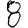
Digit: 8